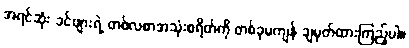
အရင်ဆုံး ခင်ဗျားရဲ့ တစ်လစာအသုံးစရိတ်ကို တစ်ခုမကျန် ချမှတ်ထားကြည့်ပါ။